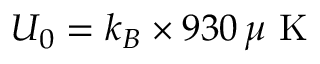
U _ { 0 } = k _ { B } \times 9 3 0 \, \mu \mathrm { ~ K ~ }